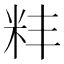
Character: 𫂶